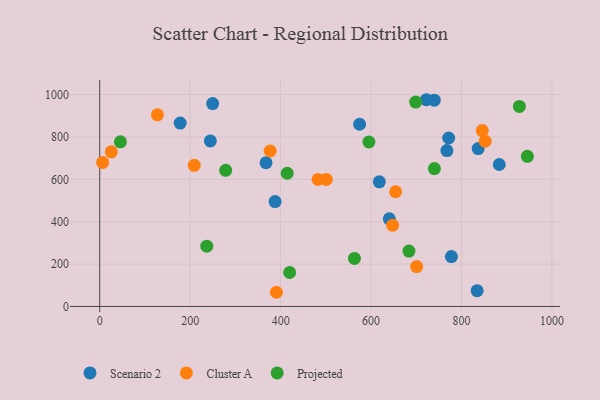
{"axis": {"x": "Ad Spend", "y": "Demand"}, "legend": ["Cluster A", "Projected", "Scenario 2"], "data": [{"x": "618.2", "y": 588.1, "type": "Scenario 2"}, {"x": "249.7", "y": 957.6, "type": "Scenario 2"}, {"x": "767.6", "y": 735.7, "type": "Scenario 2"}, {"x": "883.4", "y": 670.1, "type": "Scenario 2"}, {"x": "367.7", "y": 678.3, "type": "Scenario 2"}, {"x": "640.3", "y": 413.4, "type": "Scenario 2"}, {"x": "722.3", "y": 975.7, "type": "Scenario 2"}, {"x": "574.6", "y": 859.9, "type": "Scenario 2"}, {"x": "836.8", "y": 745.3, "type": "Scenario 2"}, {"x": "777.6", "y": 235.6, "type": "Scenario 2"}, {"x": "739.7", "y": 973.4, "type": "Scenario 2"}, {"x": "771.6", "y": 795.1, "type": "Scenario 2"}, {"x": "244.6", "y": 781.3, "type": "Scenario 2"}, {"x": "177.9", "y": 865.7, "type": "Scenario 2"}, {"x": "387.8", "y": 495.0, "type": "Scenario 2"}, {"x": "834.5", "y": 74.4, "type": "Scenario 2"}, {"x": "482.8", "y": 599.5, "type": "Cluster A"}, {"x": "700.8", "y": 188.1, "type": "Cluster A"}, {"x": "390.7", "y": 67.0, "type": "Cluster A"}, {"x": "852.3", "y": 779.8, "type": "Cluster A"}, {"x": "127.6", "y": 904.4, "type": "Cluster A"}, {"x": "209.0", "y": 666.2, "type": "Cluster A"}, {"x": "6.4", "y": 680.0, "type": "Cluster A"}, {"x": "654.3", "y": 541.4, "type": "Cluster A"}, {"x": "376.9", "y": 733.7, "type": "Cluster A"}, {"x": "501.1", "y": 599.6, "type": "Cluster A"}, {"x": "25.6", "y": 729.7, "type": "Cluster A"}, {"x": "845.9", "y": 829.9, "type": "Cluster A"}, {"x": "647.6", "y": 383.8, "type": "Cluster A"}, {"x": "928.0", "y": 943.9, "type": "Projected"}, {"x": "595.2", "y": 776.1, "type": "Projected"}, {"x": "563.2", "y": 226.6, "type": "Projected"}, {"x": "420.0", "y": 160.4, "type": "Projected"}, {"x": "45.7", "y": 777.1, "type": "Projected"}, {"x": "740.0", "y": 650.7, "type": "Projected"}, {"x": "945.6", "y": 708.5, "type": "Projected"}, {"x": "236.7", "y": 284.7, "type": "Projected"}, {"x": "278.5", "y": 642.6, "type": "Projected"}, {"x": "698.6", "y": 964.4, "type": "Projected"}, {"x": "683.7", "y": 261.2, "type": "Projected"}, {"x": "414.5", "y": 628.7, "type": "Projected"}]}